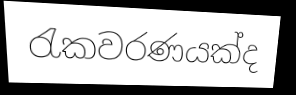
රැකවරණයක්ද